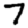
Digit: 7